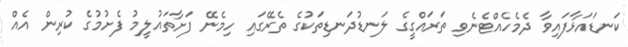
ކަނޑައަޅާފައިވާ ދެމެހެއްޓެނެވި ތަރައްގީގެ ލަނޑުދަނޑިތަކުގެ ތެރޭގައި ހިމެނޭ ފަށާތައުލީމު ފެށުމުގެ ކުރިން އެއް